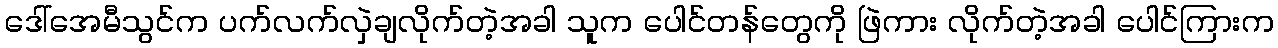
ဒေါ်အေမီသွင်က ပက်လက်လှဲချလိုက်တဲ့အခါ သူက ပေါင်တန်တွေကို ဖြဲကား လိုက်တဲ့အခါ ပေါင်ကြားက